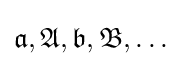
{\mathfrak {a,A,b,B}},\ldots